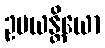
ဥပယန္တိယော